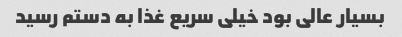
بسیار عالی بود خیلی سریع غذا به دستم رسید